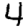
Digit: 4